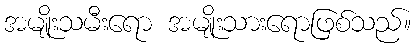
အမျိုးသမီးရော အမျိုးသားရောဖြစ်သည်။